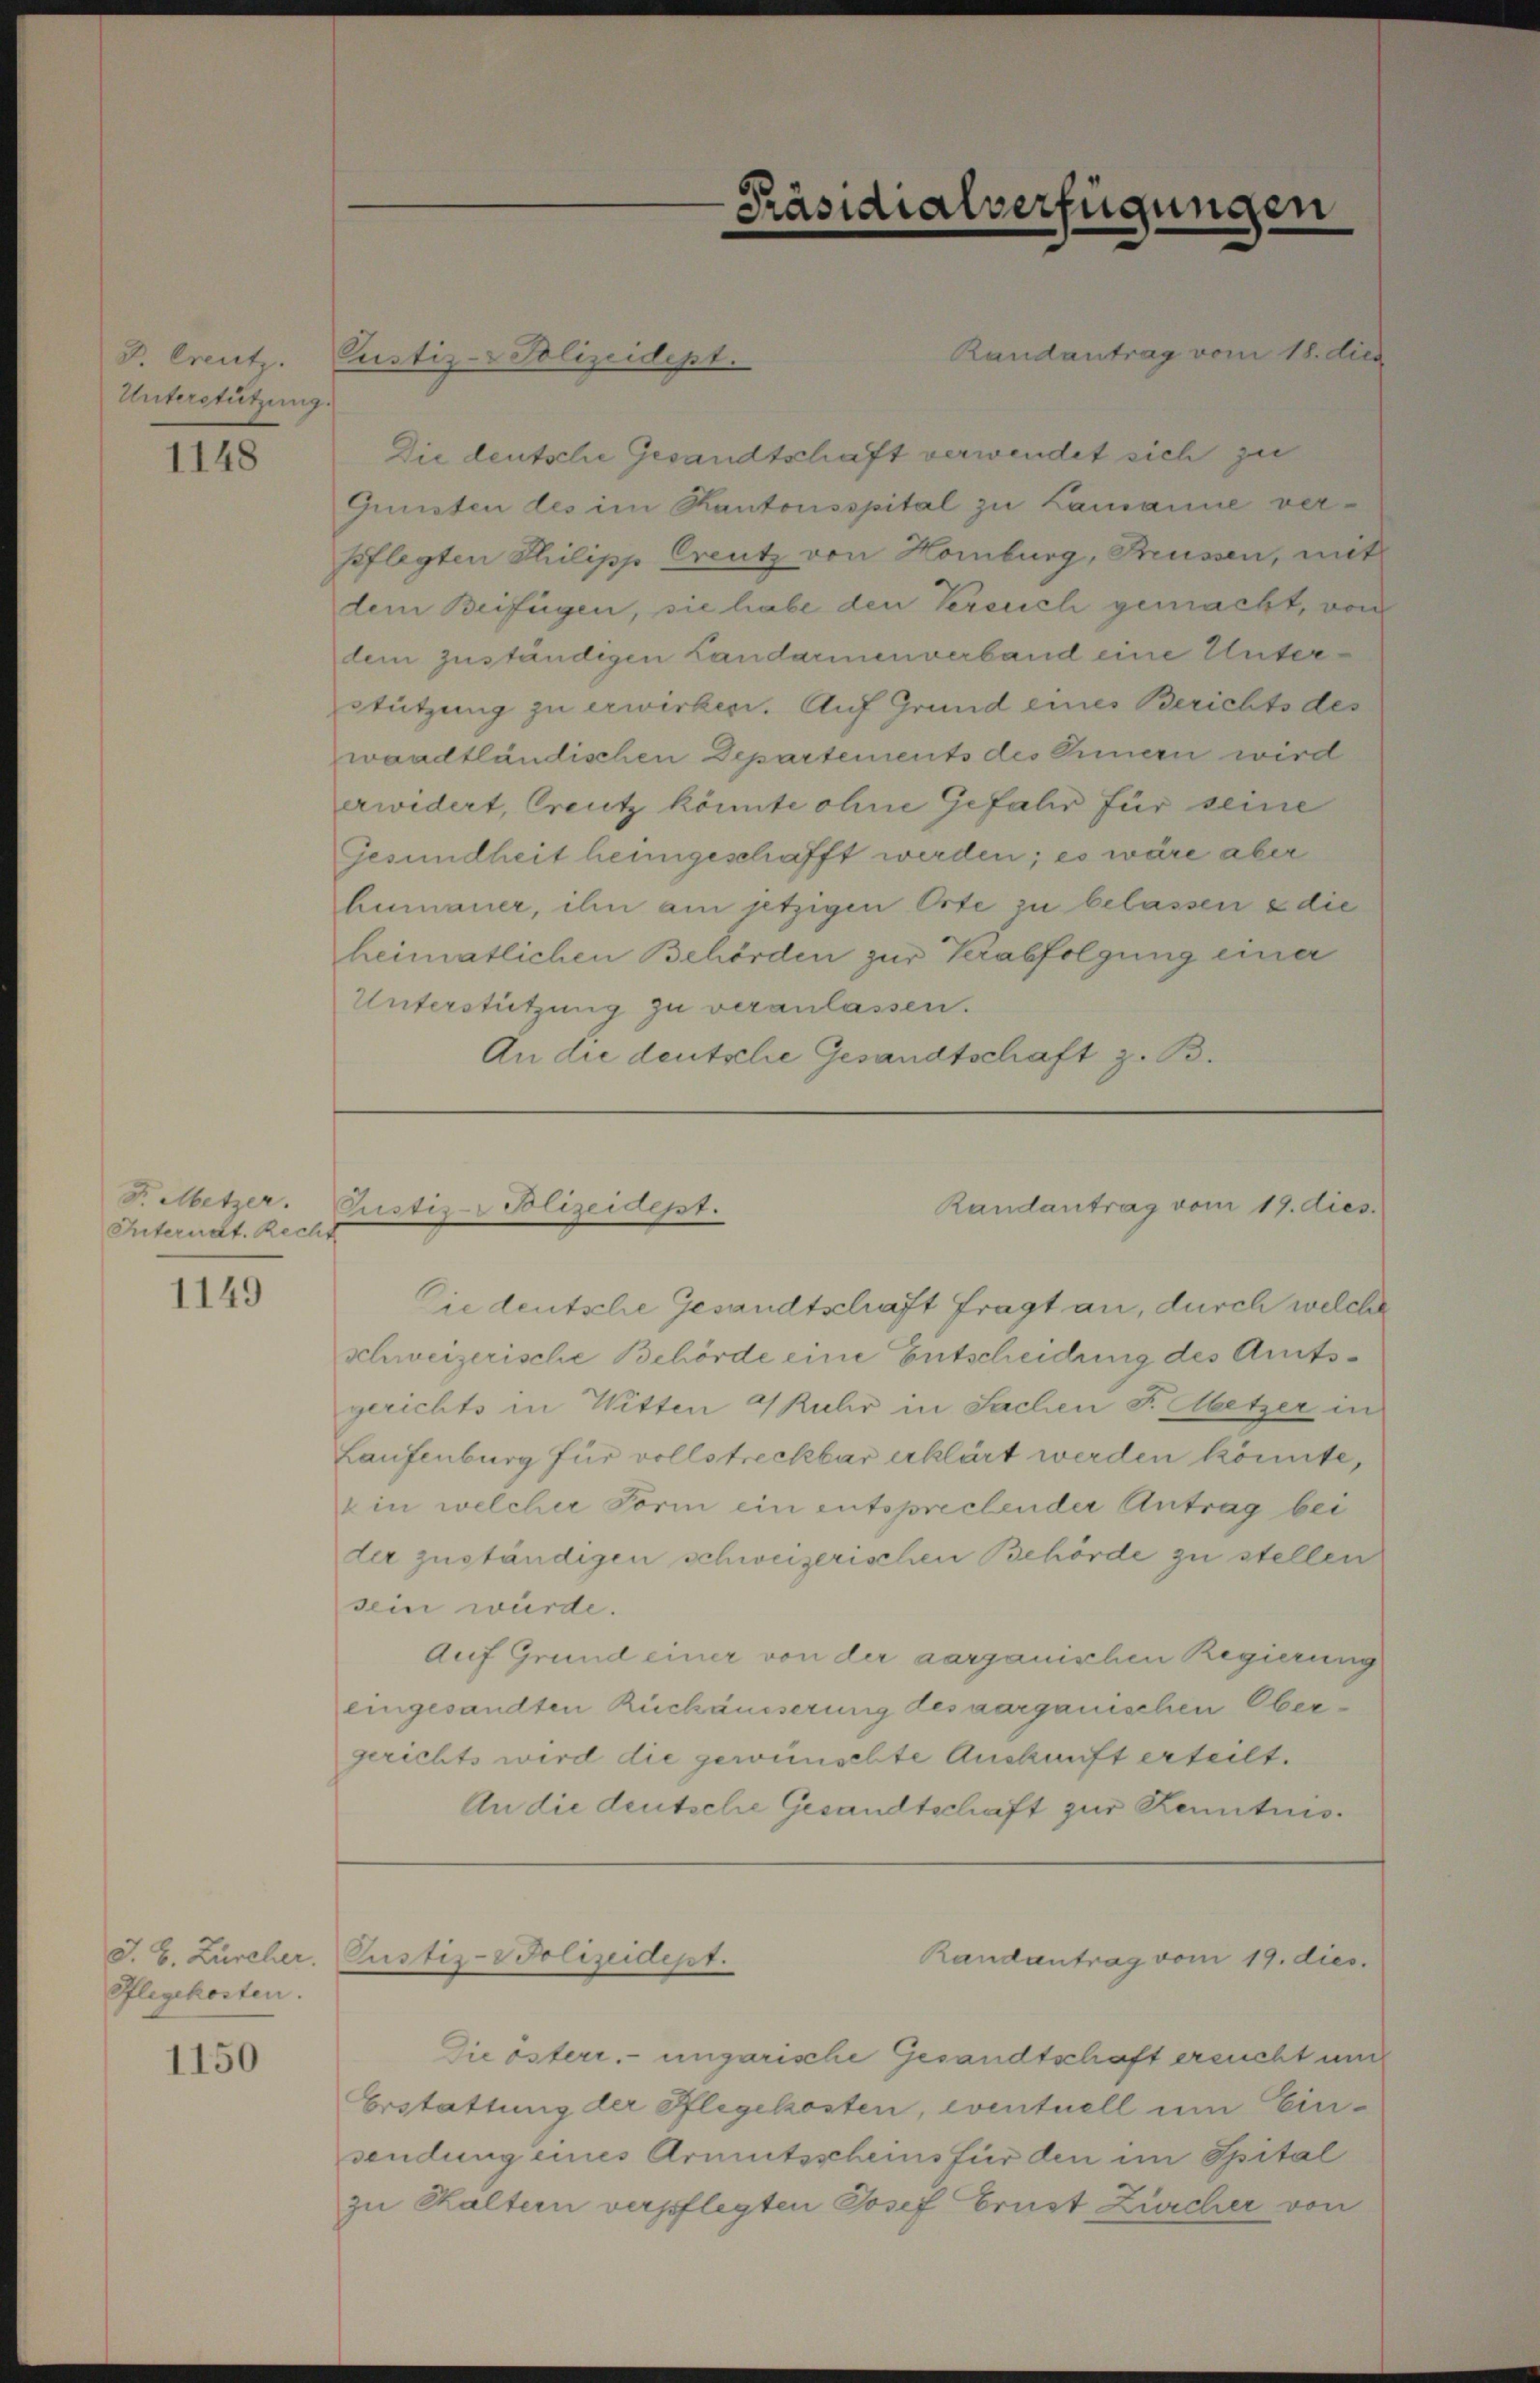
D. Creutz.
Unterstützung.

1148

F. Metzer.
Interndt. Recht

1149

Pflegekosten.

1150

Randantrag vom 18. dies
Die deutsche Gesandtschaft verwendet sich zu
Qunisten des im Kantonsspital zu Lamanne verpflegten Philipp Creutz von Homburg, Brüssen, mit
dem Beifügen, sie habe den Versuch gemacht, von
dem zuständigen Landarmenverband eine Unter¬
Stützung zu erwirken. Auf Grund eines Berichts des
waadtländischen Departements des Innern wird
erwidert, Creutz könnte ohne Gefahr für seine
Gesundheit heimgeschafft werden; es wäre aber
humaner, ihn am jetzigen Orte zu belassen & die
heimatlichen Behörden zur Verabfolgung einer
Unterstützung zu veranlassen.
An die deutsche Gesandtschaft z. B.

Justiz-Polizeidept.

Justiz-Polizeidesst.

Die deutsche Gesandtschaft fragt an, durch welche
schweizerische Behörde eine Entscheidung des Amtsgerichts in Witten 4 Kuhr in Sachen F. Metzer in
Laufenburg für vollstreckbar erklärt werden könnte,
" in welcher Form ein entsprechender Antrag bei
der zuständigen schweizerischen Behörde zu stellen
sein würde.
Auf Grund einer von der aarganischen Regierung
eingesandten Rückäusserung des aarganischen Obergerichts wird die gewünschte Auskunft erteilt.
An die deutsche Gesandtschaft zur Kenntnis¬

J. B. Zürcher, Pustiz-Polizeidept.

Präsidialverfügungen

Randantrag vom 19. dies

Randantrag vom 19. dies.

Die österr. ungarische Gesandtschaft ersucht und
Erstattung der Pflegekosten, eventuell um Einsendung eines Armutsscheins für den im Spital
zu Kaltern verpflegten Josef Brust Zürcher von